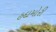
હદામોરી